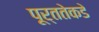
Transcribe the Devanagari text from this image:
पूर्ततेकडे